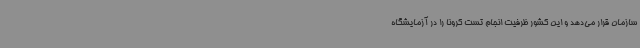
سازمان قرار می‌دهد و این کشور ظرفیت انجام تست کرونا را در آزمایشگاه